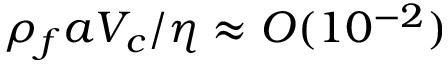
\rho _ { f } a V _ { c } / \eta \approx O ( 1 0 ^ { - 2 } )